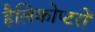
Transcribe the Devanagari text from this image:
हैलिकोप्‍टरों